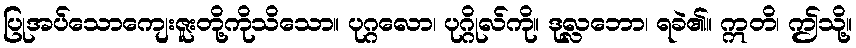
ပြုအပ်သောကျေးဇူးတို့ကိုသိသော။ ပုဂ္ဂလော၊ ပုဂ္ဂိုလ်ကို။ ဒုလ္လဘော၊ ရခဲ၏။ ဣတိ၊ ဤသို့။